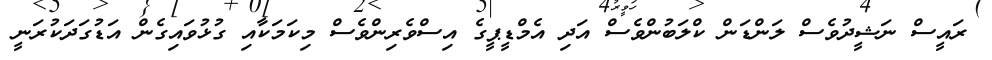
ރައީސް ނަޝީދުވެސް ލަންޑަން ކްލަބުންވެސް އަދި އެމްޑީޕީގެ އިސްވެރިންވެސް މިކަމަކާއި ގުޅުވައިގެން އަޑުގަދަކުރަނީ